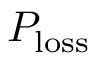
P _ { \mathrm { l o s s } }